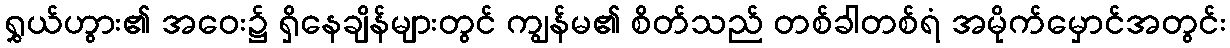
ရွှယ်ဟွား၏ အဝေး၌ ရှိနေချိန်များတွင် ကျွန်မ၏ စိတ်သည် တစ်ခါတစ်ရံ အမိုက်မှောင်အတွင်း